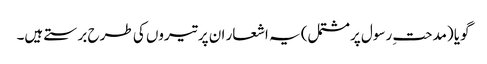
گویا (مدحتِ رسول پرمشتمل) یہ اشعار ان پر تیروں کی طرح برستے ہیں۔